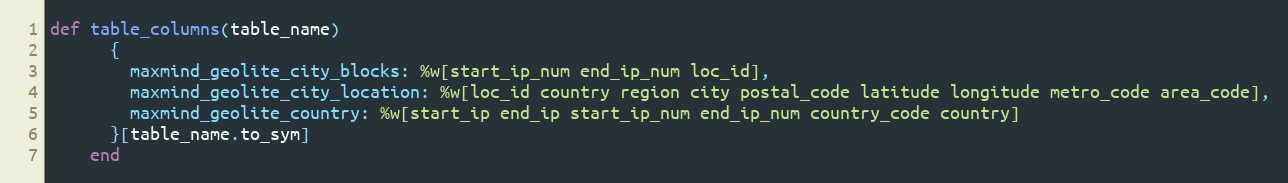
Language: Ruby
def table_columns(table_name)
      {
        maxmind_geolite_city_blocks: %w[start_ip_num end_ip_num loc_id],
        maxmind_geolite_city_location: %w[loc_id country region city postal_code latitude longitude metro_code area_code],
        maxmind_geolite_country: %w[start_ip end_ip start_ip_num end_ip_num country_code country]
      }[table_name.to_sym]
    end